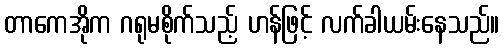
တာကေအိုက ဂရုမစိုက်သည့် ဟန်ဖြင့် လက်ခါယမ်းနေသည်။